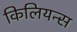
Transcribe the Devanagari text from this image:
किलियन्स